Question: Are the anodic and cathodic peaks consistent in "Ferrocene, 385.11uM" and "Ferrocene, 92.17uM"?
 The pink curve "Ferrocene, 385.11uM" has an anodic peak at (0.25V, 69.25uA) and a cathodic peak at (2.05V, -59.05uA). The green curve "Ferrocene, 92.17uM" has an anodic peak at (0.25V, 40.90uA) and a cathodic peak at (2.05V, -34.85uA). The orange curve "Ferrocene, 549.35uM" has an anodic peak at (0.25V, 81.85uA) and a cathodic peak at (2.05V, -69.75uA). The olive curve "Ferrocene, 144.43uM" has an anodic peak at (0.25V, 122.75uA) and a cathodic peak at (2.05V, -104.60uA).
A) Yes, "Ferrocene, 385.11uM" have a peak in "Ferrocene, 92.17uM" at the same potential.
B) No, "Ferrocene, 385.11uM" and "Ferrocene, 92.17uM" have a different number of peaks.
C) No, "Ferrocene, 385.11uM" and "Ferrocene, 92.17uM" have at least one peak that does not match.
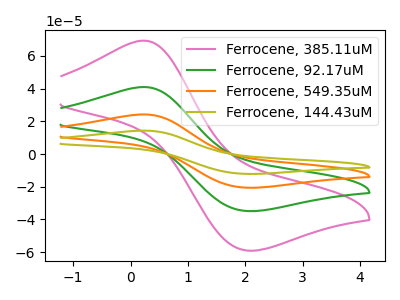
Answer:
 <answer>A) Yes, "Ferrocene, 385.11uM" have a peak in "Ferrocene, 92.17uM" at the same potential.</answer>
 <eval>A</eval>